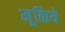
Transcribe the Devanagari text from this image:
मूकिये